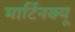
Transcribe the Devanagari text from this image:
मार्टिनक्यू